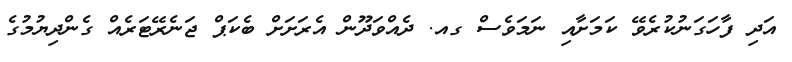
އަދި ފާހަގަނުކުރެވޭ ކަމަށާއި ނަމަވެސް ގއ. ދެއްވަދޫން އެރަށަށް ބެކަޕް ޖަނެރޭޓަރެއް ގެންދިޔުމުގެ